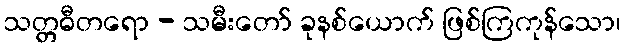
သတ္တဓီတရော - သမီးတော် ခုနစ်ယောက် ဖြစ်ကြကုန်သော၊